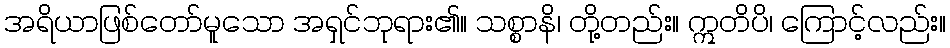
အရိယာဖြစ်တော်မူသော အရှင်ဘုရား၏။ သစ္စာနိ၊ တို့တည်း။ ဣတိပိ၊ ကြောင့်လည်း။